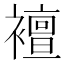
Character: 襢